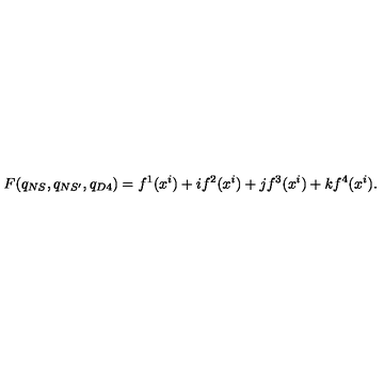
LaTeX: F ( q _ { N S } , q _ { N S ^ { \prime } } , q _ { D 4 } ) = f ^ { 1 } ( x ^ { i } ) + i f ^ { 2 } ( x ^ { i } ) + j f ^ { 3 } ( x ^ { i } ) + k f ^ { 4 } ( x ^ { i } ) .